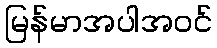
မြန်မာအပါအဝင်